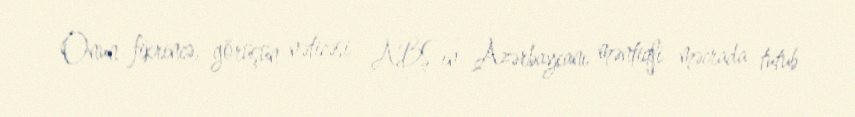
Onun fikrincə, görüşün nəticəsi ABŞ-ın Azərbaycanı məntiqli məcrada tutub